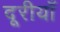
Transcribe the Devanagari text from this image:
दूरीयाँ